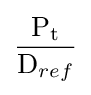
{\frac {\mathrm {P_{t}} }{\mathrm {D} _{ref}}}